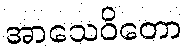
အာသေဝိတော